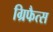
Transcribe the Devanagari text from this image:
ग्रिफैत्स